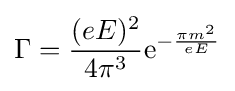
\Gamma ={\frac {(eE)^{2}}{4\pi ^{3}}}\mathrm {e} ^{-{\frac {\pi m^{2}}{eE}}}